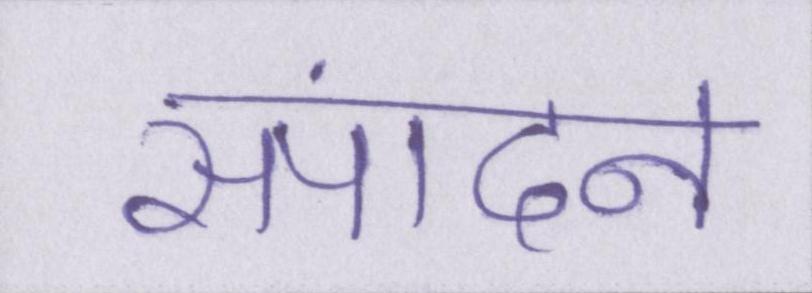
संपादन